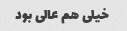
خیلی هم عالی بود